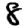
Digit: 8